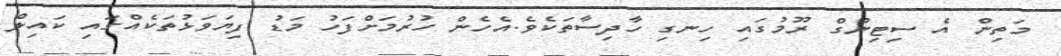
މަތިން އެ ސިޓިންގް ރޫމުގައި ހިނގި ހާދިސާތަކެވެ.އެހެން ހުރުމަށްފަހު މަޑު ފިޔަވަޅުތަކެއްގައި ކައިލް